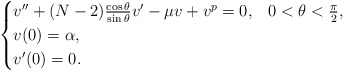
\begin{align*}\begin{cases}v''+(N-2)\frac{\cos\theta}{\sin\theta}v'-\mu v+v^p=0, & 0<\theta<\frac{\pi}{2},\\v(0)=\alpha,\\v'(0)=0.\end{cases}\end{align*}